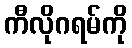
ကီလိုဂရမ်ကို